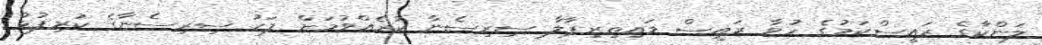
ލަންކާގެ ރައީސްކަމުގެ ހުވާ ރައީސް މައިތިރިޕާލާ ސިރިސެނާ ކުރެއްވުމަށް ފަހު ސިރިސެނާގެ ކުރިފުޅު